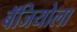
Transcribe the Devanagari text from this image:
बॅजियोला